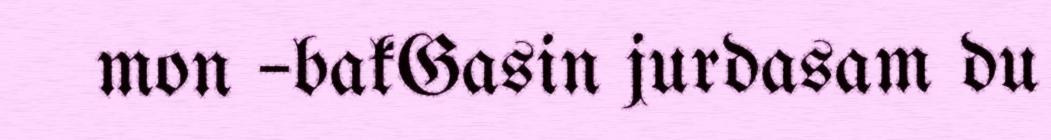
mon –bakGasin jurdasam du